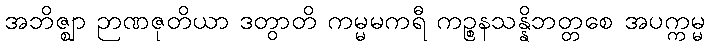
အဘိဇ္ဈာ ဉာဏဇုတိယာ ဒတွာတိ ကမ္မမကရီ ကဉ္စနသန္နိဘတ္တစေ အပက္ကမ္မ